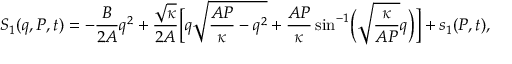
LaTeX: S _ { 1 } ( q , P , t ) = - \frac { B } { 2 A } q ^ { 2 } + \frac { \sqrt { \kappa } } { 2 A } \Bigl [ q \sqrt { \frac { A P } { \kappa } - q ^ { 2 } } + \frac { A P } { \kappa } \sin ^ { - 1 } \Bigl ( \sqrt { \frac { \kappa } { A P } } q \Bigr ) \Bigr ] + s _ { 1 } ( P , t ) ,